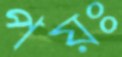
পয়ঃ